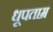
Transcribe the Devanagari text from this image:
धूपताम्र